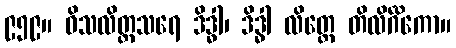
၉၅၉။ ဝိသလိတ္တသရေ ဒိဒ္ဓါ၊ ဒိဒ္ဓါ လိတ္တေ တိလိင်္ဂိကော။